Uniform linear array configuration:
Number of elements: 16
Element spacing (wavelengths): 0.75
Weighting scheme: binomial
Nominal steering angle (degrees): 30
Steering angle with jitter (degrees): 30.329
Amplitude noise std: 0.05
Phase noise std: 0.05

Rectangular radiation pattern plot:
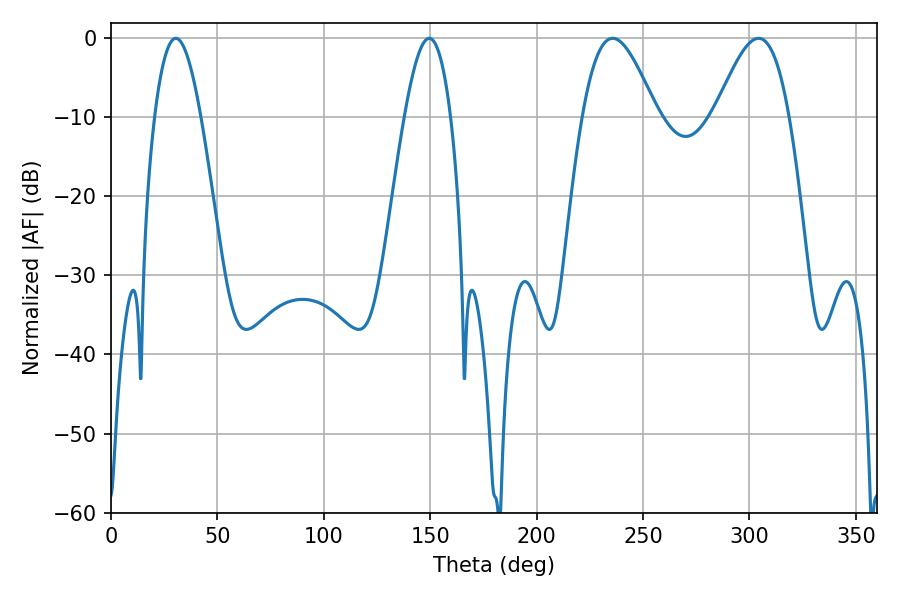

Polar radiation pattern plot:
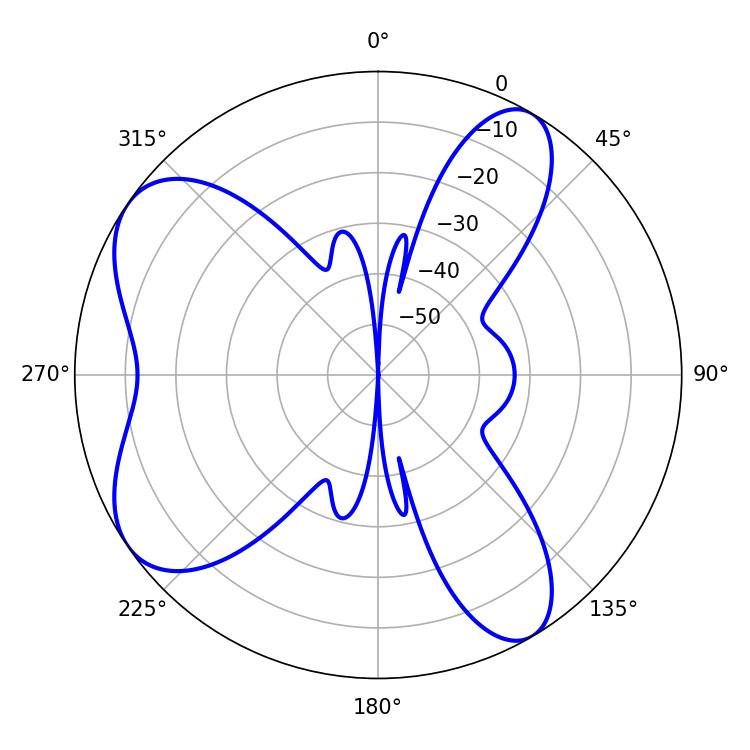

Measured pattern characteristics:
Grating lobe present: TRUE
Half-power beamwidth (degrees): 11.7
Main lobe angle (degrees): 30.42